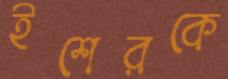
ইশেরকে